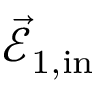
\vec { \mathcal { E } } _ { 1 , \mathrm { { i n } } }